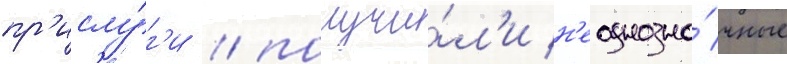
пр'ислу́г'и / получи́л'и н'еоднозна́чные